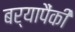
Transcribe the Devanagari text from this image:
बर्यापैंकी